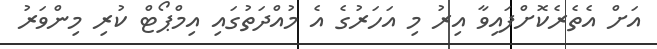
އަށް އެތެރެކޮށްފައިވާ އިރު މި އަހަރުގެ އެ މުއްދަތުގައި އިމްޕޯޓް ކުރި މިންވަރު